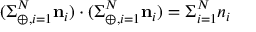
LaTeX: ( \Sigma _ { \oplus , i = 1 } ^ { N } { \bf n } _ { i } ) \cdot ( \Sigma _ { \oplus , i = 1 } ^ { N } { \bf n } _ { i } ) = \Sigma _ { i = 1 } ^ { N } n _ { i }